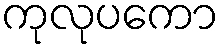
ကုလုပကော